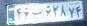
۴۶ب۶۲۸۷۴